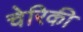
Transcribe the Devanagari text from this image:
चेरिकी